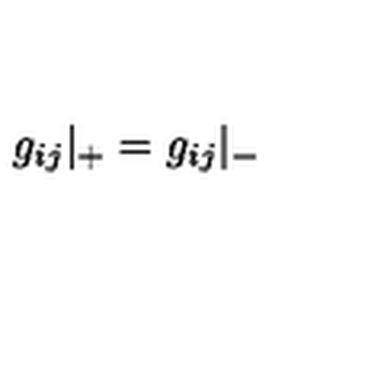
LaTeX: g _ { i j } { \vert } _ { + } = g _ { i j } { \vert } _ { - }